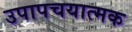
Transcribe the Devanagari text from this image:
उपापचयात्मक